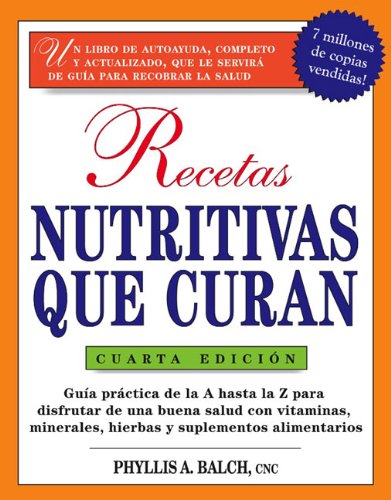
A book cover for Recetas Nutritivas Que Curan, 4th Edition: Guia practica de la A hasta la Z para disfrutar de una burna salud convitaminas,  minerales, hierbas y ... for Nutritional Healing:) (Spanish Edition); Phyllis A. Balch CNC; Health, Fitness & Dieting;